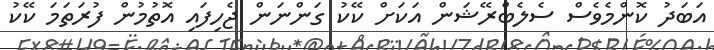
އަބަދު ކޮންމެވެސް ސެލެބްރޭޝަން އަކަށް ކޭކު ގަންނަން ޖެހިފައި އޮތުމުން ފުރަތަމަ ކޭކު